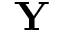
{ \bf Y _ { \nu } }